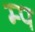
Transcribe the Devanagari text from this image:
म्प